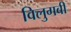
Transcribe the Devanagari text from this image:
विलुगबी